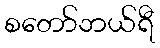
စတော်ဘယ်ရီ